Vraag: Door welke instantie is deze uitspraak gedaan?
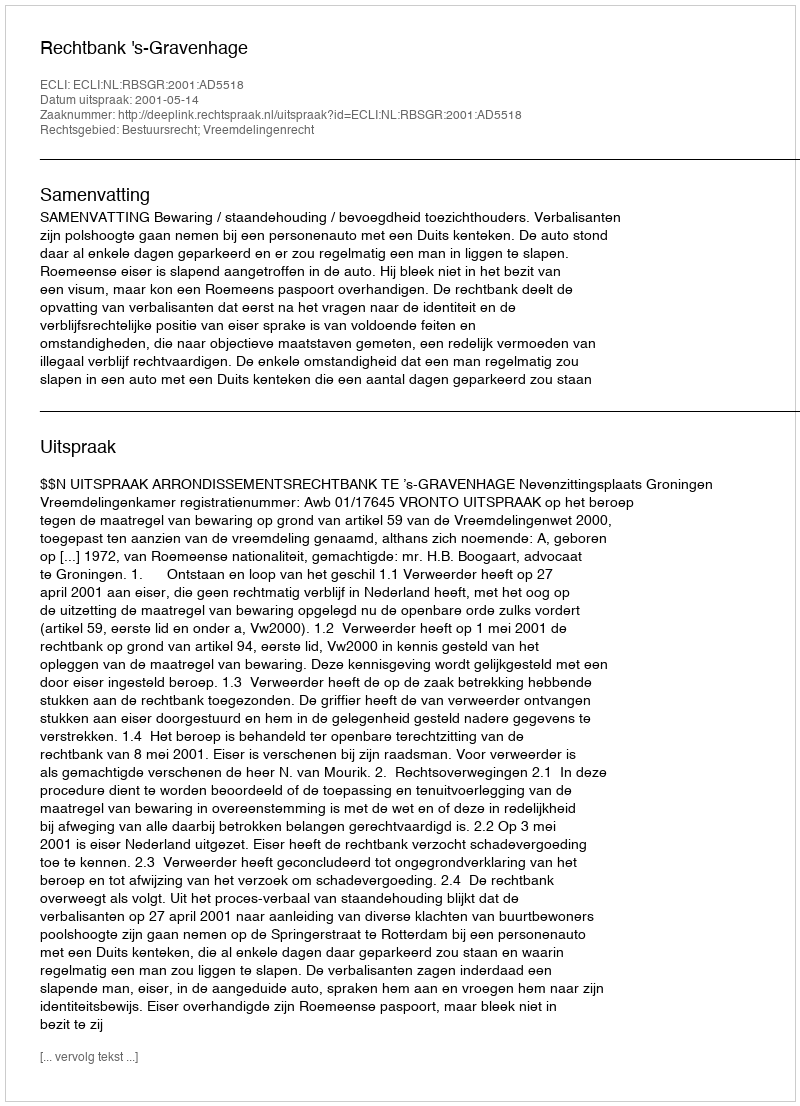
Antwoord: Rechtbank 's-Gravenhage